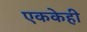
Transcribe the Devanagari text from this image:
एककेही